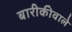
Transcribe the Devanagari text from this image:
बारीकीवाले